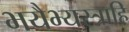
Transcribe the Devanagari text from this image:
भयैभ्यस्त्राहि